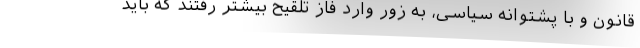
قانون و با پشتوانه سیاسی، به زور وارد فاز تلقیح بیشتر رفتند که باید